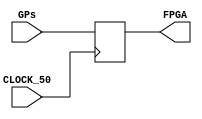
module bundleoutput(

	input wire [21:0]GPs,
	input CLOCK_50,
	output [21:0] FPGA
);
reg [21:0] data;

always @(posedge CLOCK_50)
begin
	data[21:0] <=GPs[21:0];
end

assign FPGA[21:0] = data[21:0];
endmodule